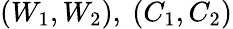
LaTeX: (W_{1},W_{2}),~(C_{1},C_{2})